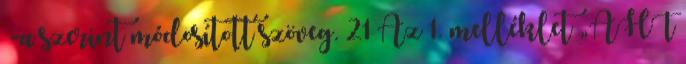
§-a szerint módosított szöveg. 21 Az 1. melléklet „ÁHT